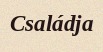
Családja